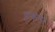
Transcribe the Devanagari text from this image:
हकान